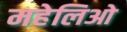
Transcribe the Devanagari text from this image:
महेलिओ